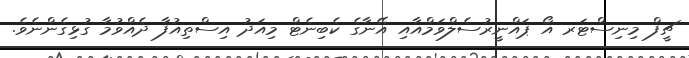
ޗީފް މިނިސްޓަރ އޯ ޕައްނީރުސެލްވަމްއާއި އޭނާގެ ކެބިނެޓް މިއަދު އިސްތިއުފާ ދެއްވުމާ ގުޅިގެންނެވެ.